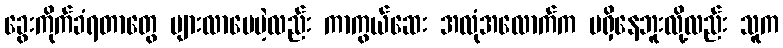
ခွေးကိုက်ခံရတာတွေ များလာပေမဲ့လည်း ကာကွယ်ဆေး အလုံအလောက်က မရှိနေဘူးလို့လည်း သူက